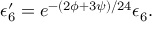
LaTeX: \epsilon _ { 6 } ^ { \prime } = e ^ { - ( 2 \phi + 3 \psi ) / 2 4 } \epsilon _ { 6 } .